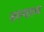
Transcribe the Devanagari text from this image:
अनन्यलभ्य